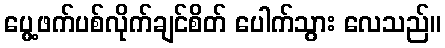
ပွေ့ဖက်ပစ်လိုက်ချင်စိတ် ပေါက်သွား လေသည်။